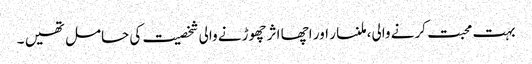
بہت محبت کرنے والی، ملنسار اور اچھا اثر چھوڑنے والی شخصیت کی حامل تھیں ۔